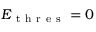
E _ { \mathrm { ~ t ~ h ~ r ~ e ~ s ~ } } = 0